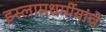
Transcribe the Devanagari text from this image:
इस्लामधर्मीयांचे